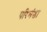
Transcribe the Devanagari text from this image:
परिमंडा